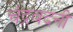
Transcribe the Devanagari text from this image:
चंद्रवदनी